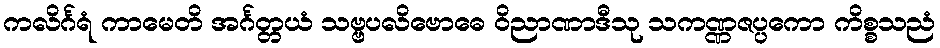
ကလိင်္ဂရံ ကာမေတိ အင်္ဂတ္တယံ သဗ္ဗပလိဗောဓေ ဝိညာဏာဒီသု သကဏ္ဏဇပ္ပကော ကိစ္စသညံ